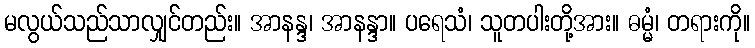
မလွယ်သည်သာလျှင်တည်း။ အာနန္ဒ၊ အာနန္ဒာ။ ပရေသံ၊ သူတပါးတို့အား။ ဓမ္မံ၊ တရားကို။